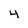
Character: 4